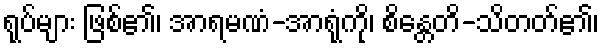
ရုပ်များ ဖြစ်၏၊ အာရမဏံ-အာရုံကို၊ စိန္တေတိ-သိတတ်၏၊